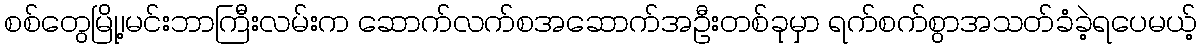
စစ်တွေမြို့၊မင်းဘာကြီးလမ်းက ဆောက်လက်စအဆောက်အဦးတစ်ခုမှာ ရက်စက်စွာအသတ်ခံခဲ့ရပေမယ့်